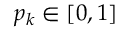
p _ { k } \in [ 0 , 1 ]